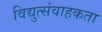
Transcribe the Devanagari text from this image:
विद्युत्संवाहकता